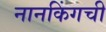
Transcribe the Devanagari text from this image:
नानकिंगची